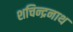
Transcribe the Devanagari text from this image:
शचिन्द्रनाथ